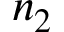
n _ { 2 }